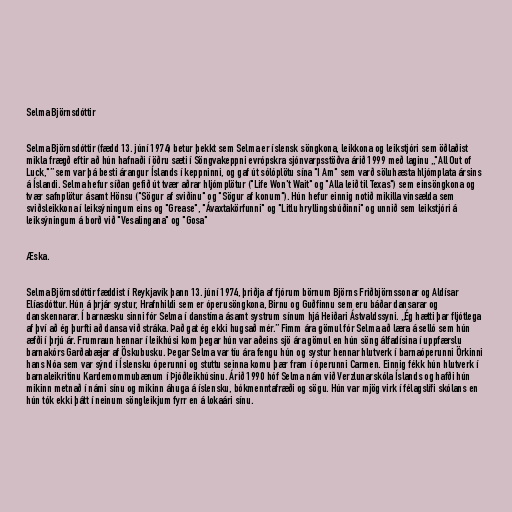
Selma Björnsdóttir

Selma Björnsdóttir (fædd 13. júní 1974) betur þekkt sem Selma er íslensk söngkona, leikkona og leikstjóri sem öðlaðist
mikla frægð eftir að hún hafnaði í öðru sæti í Söngvakeppni evrópskra sjónvarpsstöðva árið 1999 með laginu „"All Out of
Luck,"” sem var þá besti árangur Íslands í keppninni, og gaf út sólóplötu sína "I Am" sem varð söluhæsta hljómplata ársins
á Íslandi. Selma hefur síðan gefið út tvær aðrar hljómplötur ("Life Won't Wait" og "Alla leið til Texas") sem einsöngkona og
tvær safnplötur ásamt Hönsu ("Sögur af sviðinu" og "Sögur af konum"). Hún hefur einnig notið mikilla vinsælda sem
sviðsleikkona í leiksýningum eins og "Grease", "Ávaxtakörfunni" og "Litlu hryllingsbúðinni" og unnið sem leikstjóri á
leiksýningum á borð við "Vesalingana" og "Gosa"

Æska.

Selma Björnsdóttir fæddist í Reykjavík þann 13. júní 1974, þriðja af fjórum börnum Björns Friðbjörnssonar og Aldísar
Elíasdóttur. Hún á þrjár systur, Hrafnhildi sem er óperusöngkona, Birnu og Guðfinnu sem eru báðar dansarar og
danskennarar. Í barnæsku sinni fór Selma í danstíma ásamt systrum sínum hjá Heiðari Ástvaldssyni. „Ég hætti þar fljótlega
af því að ég þurfti að dansa við stráka. Það gat ég ekki hugsað mér.” Fimm ára gömul fór Selma að læra á selló sem hún
æfði í þrjú ár. Frumraun hennar í leikhúsi kom þegar hún var aðeins sjö ára gömul en hún söng álfadísina í uppfærslu
barnakórs Garðabæjar af Öskubusku. Þegar Selma var tíu ára fengu hún og systur hennar hlutverk í barnaóperunni Örkinni
hans Nóa sem var sýnd í Íslensku óperunni og stuttu seinna komu þær fram í óperunni Carmen. Einnig fékk hún hlutverk í
barnaleikritinu Kardemommubænum í Þjóðleikhúsinu. Árið 1990 hóf Selma nám við Verzlunarskóla Íslands og hafði hún
mikinn metnað í námi sínu og mikinn áhuga á íslensku, bókmenntafræði og sögu. Hún var mjög virk í félagslífi skólans en
hún tók ekki þátt í neinum söngleikjum fyrr en á lokaári sínu.